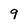
Character: 9